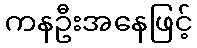
ကနဦးအနေဖြင့်